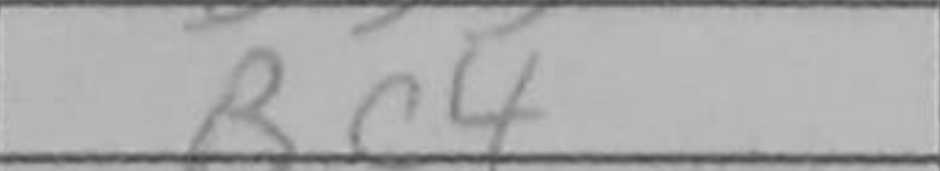
Transcription: Bc4